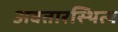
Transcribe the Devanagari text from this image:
अवतारस्थित्य